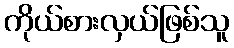
ကိုယ်စားလှယ်ဖြစ်သူ